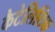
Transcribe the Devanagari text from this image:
कैटेलिटिक